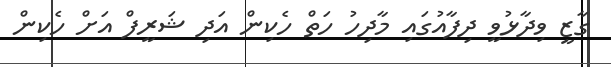
ގާޒީ ވިދާޅުވީ ދިފާއުގައި މާދިހު ހަތް ހެކިން އަދި ޝަރީފް އަށް ހެކިން